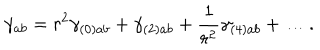
\gamma _ { a b } = r ^ { 2 } \gamma _ { ( 0 ) a b } + \gamma _ { ( 2 ) a b } + \frac { 1 } { r ^ { 2 } } \gamma _ { ( 4 ) a b } + \ldots .